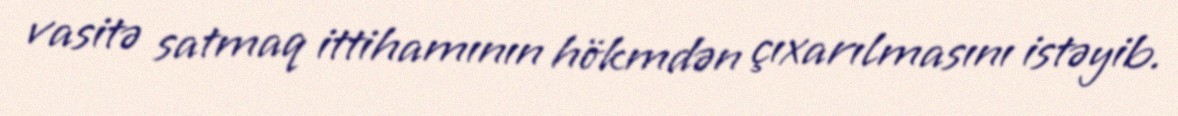
vasitə satmaq ittihamının hökmdən çıxarılmasını istəyib.